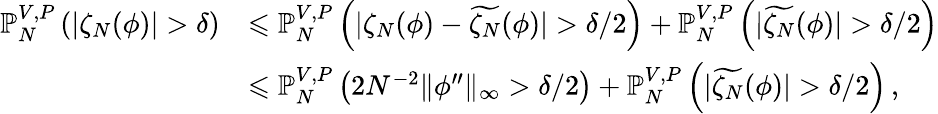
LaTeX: \begin{array}{rl}{\mathbb{P}_{N}^{V,P}\left(|\zeta_{N}(\phi)|>\delta\right)}&{\leqslant\mathbb{P}_{N}^{V,P}\left(|\zeta_{N}(\phi)-\widetilde{\zeta_{N}}(\phi)|>\delta/2\right)+\mathbb{P}_{N}^{V,P}\left(|\widetilde{\zeta_{N}}(\phi)|>\delta/2\right)}\\ &{\leqslant\mathbb{P}_{N}^{V,P}\left(2N^{-2}\| \phi^{\prime\prime}\| _{\infty}>\delta/2\right)+\mathbb{P}_{N}^{V,P}\left(|\widetilde{\zeta_{N}}(\phi)|>\delta/2\right)\, ,}\end{array}